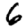
Digit: 6